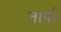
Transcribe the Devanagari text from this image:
नार्मा